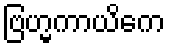
ဗြဟ္မကာယိကေ